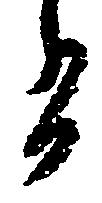
有